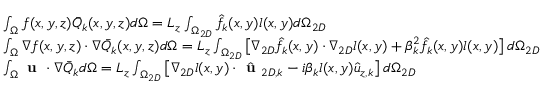
\begin{array} { r l } & { \int _ { \Omega } f ( x , y , z ) \bar { Q } _ { k } ( x , y , z ) d \Omega = L _ { z } \int _ { \Omega _ { 2 D } } \hat { f } _ { k } ( x , y ) l ( x , y ) d \Omega _ { 2 D } } \\ & { \int _ { \Omega } \nabla f ( x , y , z ) \cdot \nabla \bar { Q } _ { k } ( x , y , z ) d \Omega = L _ { z } \int _ { \Omega _ { 2 D } } \left[ \nabla _ { 2 D } \hat { f } _ { k } ( x , y ) \cdot \nabla _ { 2 D } l ( x , y ) + \beta _ { k } ^ { 2 } \hat { f } _ { k } ( x , y ) l ( x , y ) \right] d \Omega _ { 2 D } } \\ & { \int _ { \Omega } \textbf { u } \cdot \nabla \bar { Q } _ { k } d \Omega = L _ { z } \int _ { \Omega _ { 2 D } } \left[ \nabla _ { 2 D } l ( x , y ) \cdot \hat { \textbf { u } } _ { 2 D , k } - i \beta _ { k } l ( x , y ) \hat { u } _ { z , k } \right] d \Omega _ { 2 D } } \end{array}